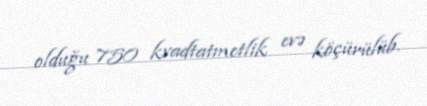
olduğu 750 kvadtatmetlik evə köçürülüb.